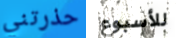
حذرتني للأسبوع